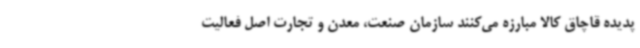
پدیده قاچاق کالا مبارزه می‌کنند سازمان صنعت، معدن و تجارت اصل فعالیت